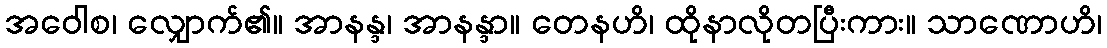
အဝေါစ၊ လျှောက်၏။ အာနန္ဒ၊ အာနန္ဒာ။ တေနဟိ၊ ထိုနာလိုတပြီးကား။ သာဏောဟိ၊